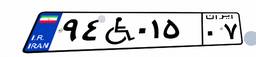
۴۵W۲۹۷۰۵